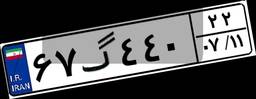
۱۰گ۴۹۶۹۲